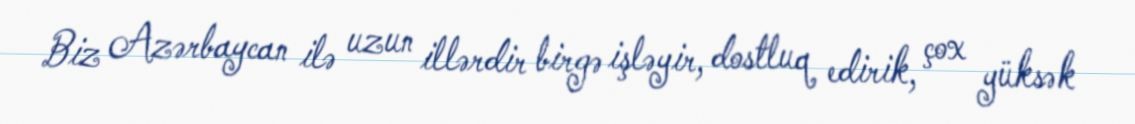
Biz Azərbaycan ilə uzun illərdir birgə işləyir, dostluq edirik, çox yüksək